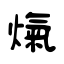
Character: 熂